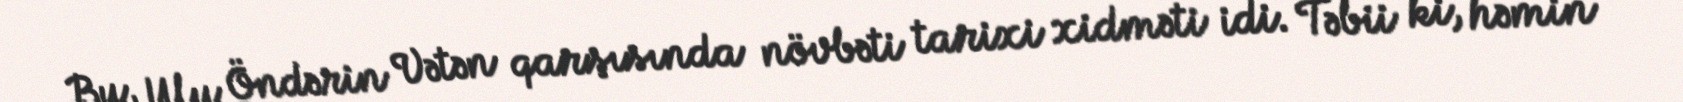
Bu, Ulu Öndərin Vətən qarşısında növbəti tarixi xidməti idi. Təbii ki, həmin